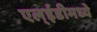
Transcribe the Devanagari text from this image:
एल्ईडीमध्ये